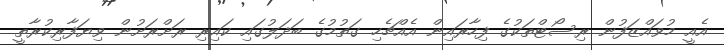
އެއީ މުވައްޒަފުން ރިސޯޓްތަކުގެ ފިހާރައިން އެއްޗެހި ގަތުމުގެ ބަދަލުގައި ކައިރި ރަށްރަށުން ވިޔަފާރިކުރާތީ